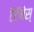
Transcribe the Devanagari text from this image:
टैटॅनेस्